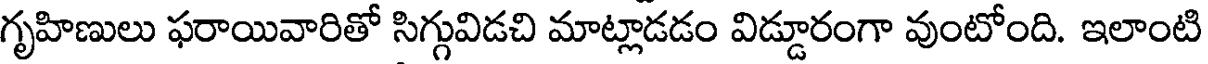
గృహిణులు ఫరాయివారితో సిగ్గువిడచి మాట్లాడడం విడ్డూరంగా వుంటోంది. ఇలాంటి